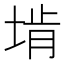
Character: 𪣩